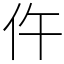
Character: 仵